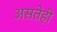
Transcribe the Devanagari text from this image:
असतेही